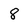
Character: 8